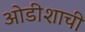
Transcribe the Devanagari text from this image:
ओडीशाची